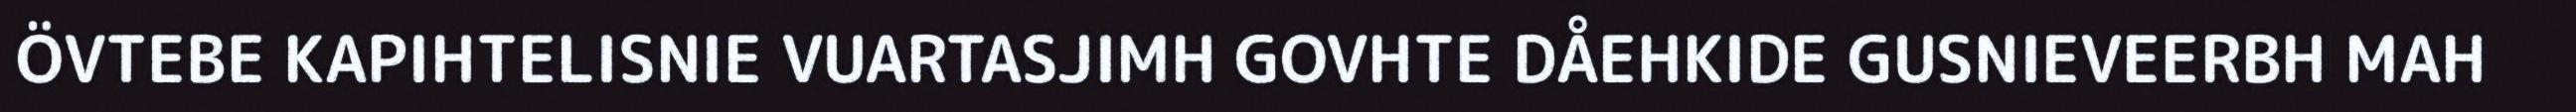
ÖVTEBE KAPIHTELISNIE VUARTASJIMH GOVHTE DÅEHKIDE GUSNIEVEERBH MAH